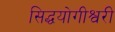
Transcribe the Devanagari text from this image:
सिद्धयोगीश्वरी